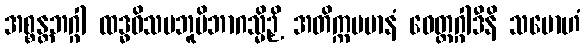
အစ္စန္တဘဂ္ဂါ ထဒ္ဓဝိသမဘူမိဘာဂသ္မိဉှိ အတိက္ကမမာနံ ဝေတ္တဂ္ဂါဒီနိ သမောဟံ